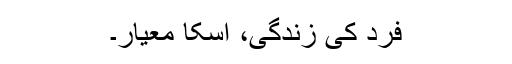
فرد کی زندگی، اسکا معیار۔